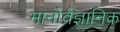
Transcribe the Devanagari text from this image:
मानोवैज्ञानिक